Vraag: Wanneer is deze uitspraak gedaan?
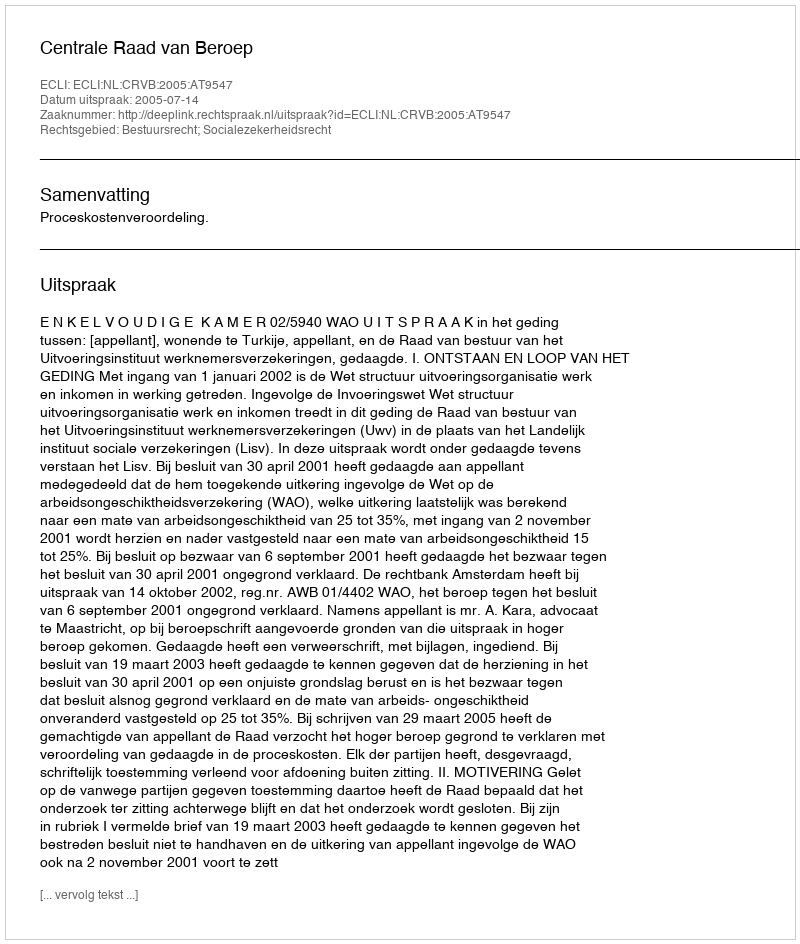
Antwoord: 2005-07-14